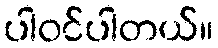
ပါဝင်ပါတယ်။